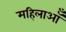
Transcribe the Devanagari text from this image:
महिलाऑँ